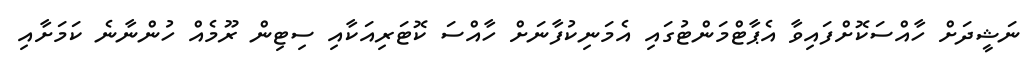
ނަޝީދަށް ހާއްސަކޮށްފައިވާ އެޕާޓްމަންޓުގައި އެމަނިކުފާނަށް ހާއްސަ ކޮޓަރިއަކާއި ސިޓިން ރޫމެއް ހުންނާނެ ކަމަށާއި